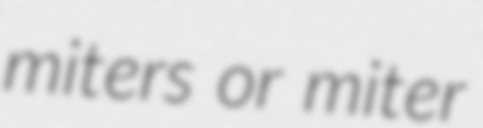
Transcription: miters or miter